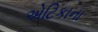
એટિકાના